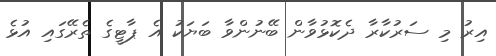
އިރު މި ސަރުކާރާ ދެކޮޅުވާން ބޭނުންވާ ބަޔަކު އެ ޕާޓީގެ ތެރޭގައި އުޅެ